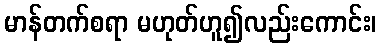
မာန်တက်စရာ မဟုတ်ဟူ၍လည်းကောင်း၊